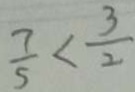
\frac { 7 } { 5 } < \frac { 3 } { 2 }